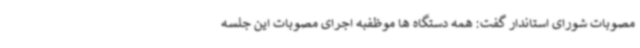
مصوبات شورای استاندار گفت: همه دستگاه ها موظفبه اجرای مصوبات این جلسه